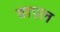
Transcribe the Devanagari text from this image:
वाएल